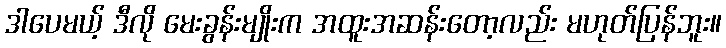
ဒါပေမယ့် ဒီလို မေးခွန်းမျိုးက အထူးအဆန်းတော့လည်း မဟုတ်ပြန်ဘူး။